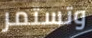
وتستمر